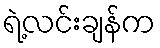
ရဲ့လင်းချန်က